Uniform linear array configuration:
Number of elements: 4
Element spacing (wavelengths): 0.25
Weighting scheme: binomial
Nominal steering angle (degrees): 0
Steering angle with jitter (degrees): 1.178
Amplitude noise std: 0.05
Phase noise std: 0.05

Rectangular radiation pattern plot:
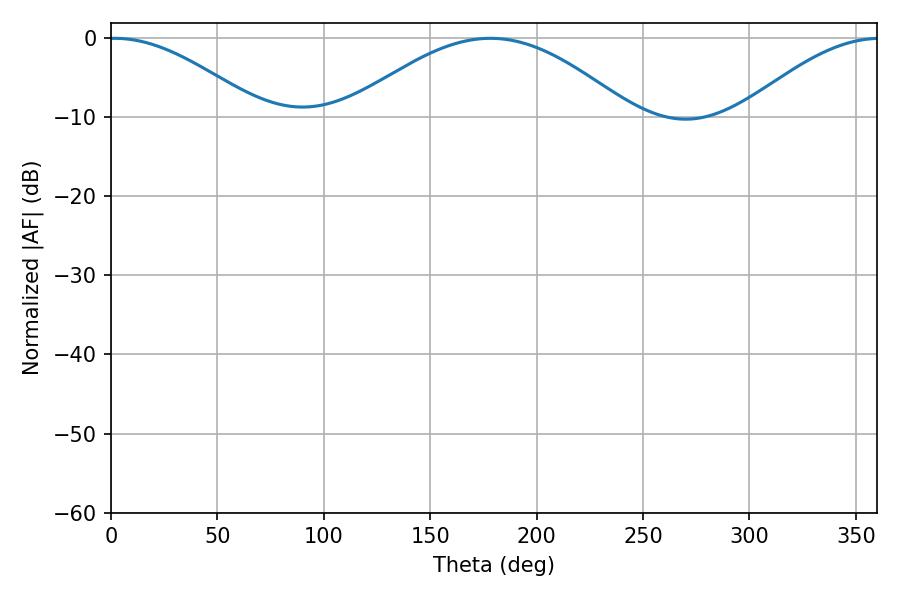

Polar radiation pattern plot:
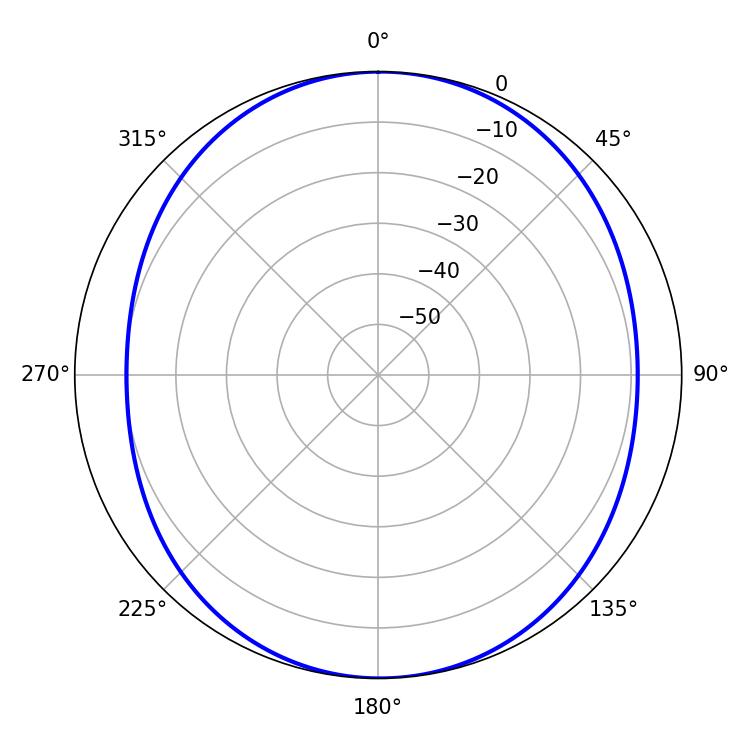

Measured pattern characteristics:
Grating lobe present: FALSE
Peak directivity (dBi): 12.536
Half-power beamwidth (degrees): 38.34
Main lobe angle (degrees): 1.62